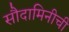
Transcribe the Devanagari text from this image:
सौदामिनीची